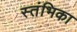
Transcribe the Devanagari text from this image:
स्तंभिका